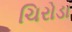
ચિરોડા